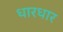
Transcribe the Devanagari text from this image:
धारधार